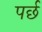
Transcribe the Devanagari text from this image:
पर्छ